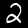
Digit: 2